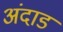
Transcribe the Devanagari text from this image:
अंदाड